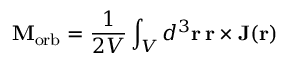
\mathbf { M } _ { \mathrm { { o r b } } } = { \frac { 1 } { 2 V } } \int _ { V } d ^ { 3 } \mathbf { r } \, \mathbf { r } \times \mathbf { J } ( \mathbf { r } )